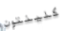
كلينتون